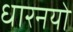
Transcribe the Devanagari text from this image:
धारनयो